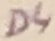
Text: D4